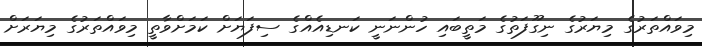
މިވައްތަރުގެ މިޔަރުގެ ނިގޫފަތުގެ މަތީބައި ހުންނަނީ ކަނޑިއެއްގެ ސިފަޔަށް ކަމަށްވާތީ މިވައްތަރުގެ މިޔަރަށް